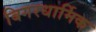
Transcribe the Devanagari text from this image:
बिगरधार्मिक